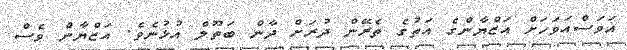
އަވަސްއަވަހަށް އަޒްޔާންގެ އަތުގެ ތެރޭން ދުރަށް ދާން ބަތޫލް އުޅުނެވެ. އަޒްޔާން ވެސް